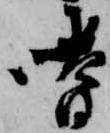
嗜